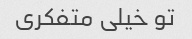
تو خیلی متفکری